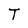
Character: T